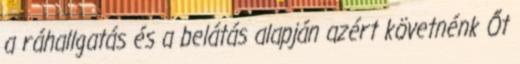
a ráhallgatás és a belátás alapján azért követnénk Őt